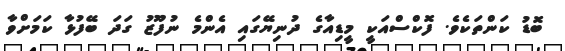
ބޮޑު ކަންތަކެވެ. ފޮކްސްއަކީ މީޑިއާގެ ދުނިޔޭގައި އެންމެ ނުފޫޒު ގަދަ ބޭފުޅާ ކަމަށްވާ